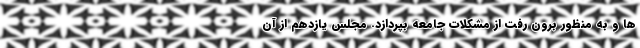
ها و به منظور برون رفت از مشکلات جامعه بپردازد. مجلس یازدهم از آن